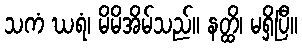
သကံ ဃရံ၊ မိမိအိမ်သည်။ နတ္ထိ၊ မရှိပြီ။